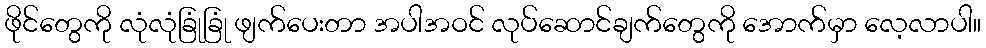
ဖိုင်တွေကို လုံလုံခြုံခြုံ ဖျက်ပေးတာ အပါအဝင် လုပ်ဆောင်ချက်တွေကို အောက်မှာ လေ့လာပါ။